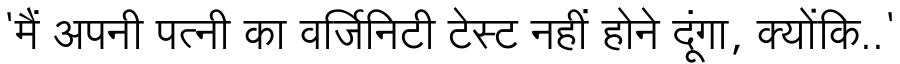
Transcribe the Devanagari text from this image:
'मैं अपनी पत्नी का वर्जिनिटी टेस्ट नहीं होने दूंगा, क्योंकि..'